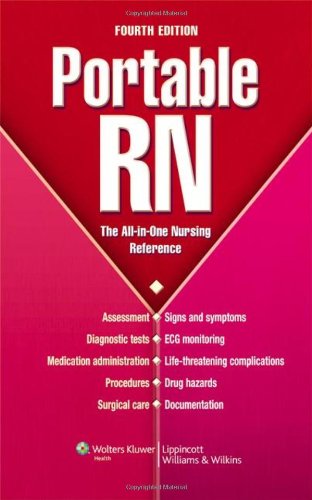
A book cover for Portable RN: The All-in-One Nursing Reference (LWW, Portable RN); Lippincott; Medical Books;